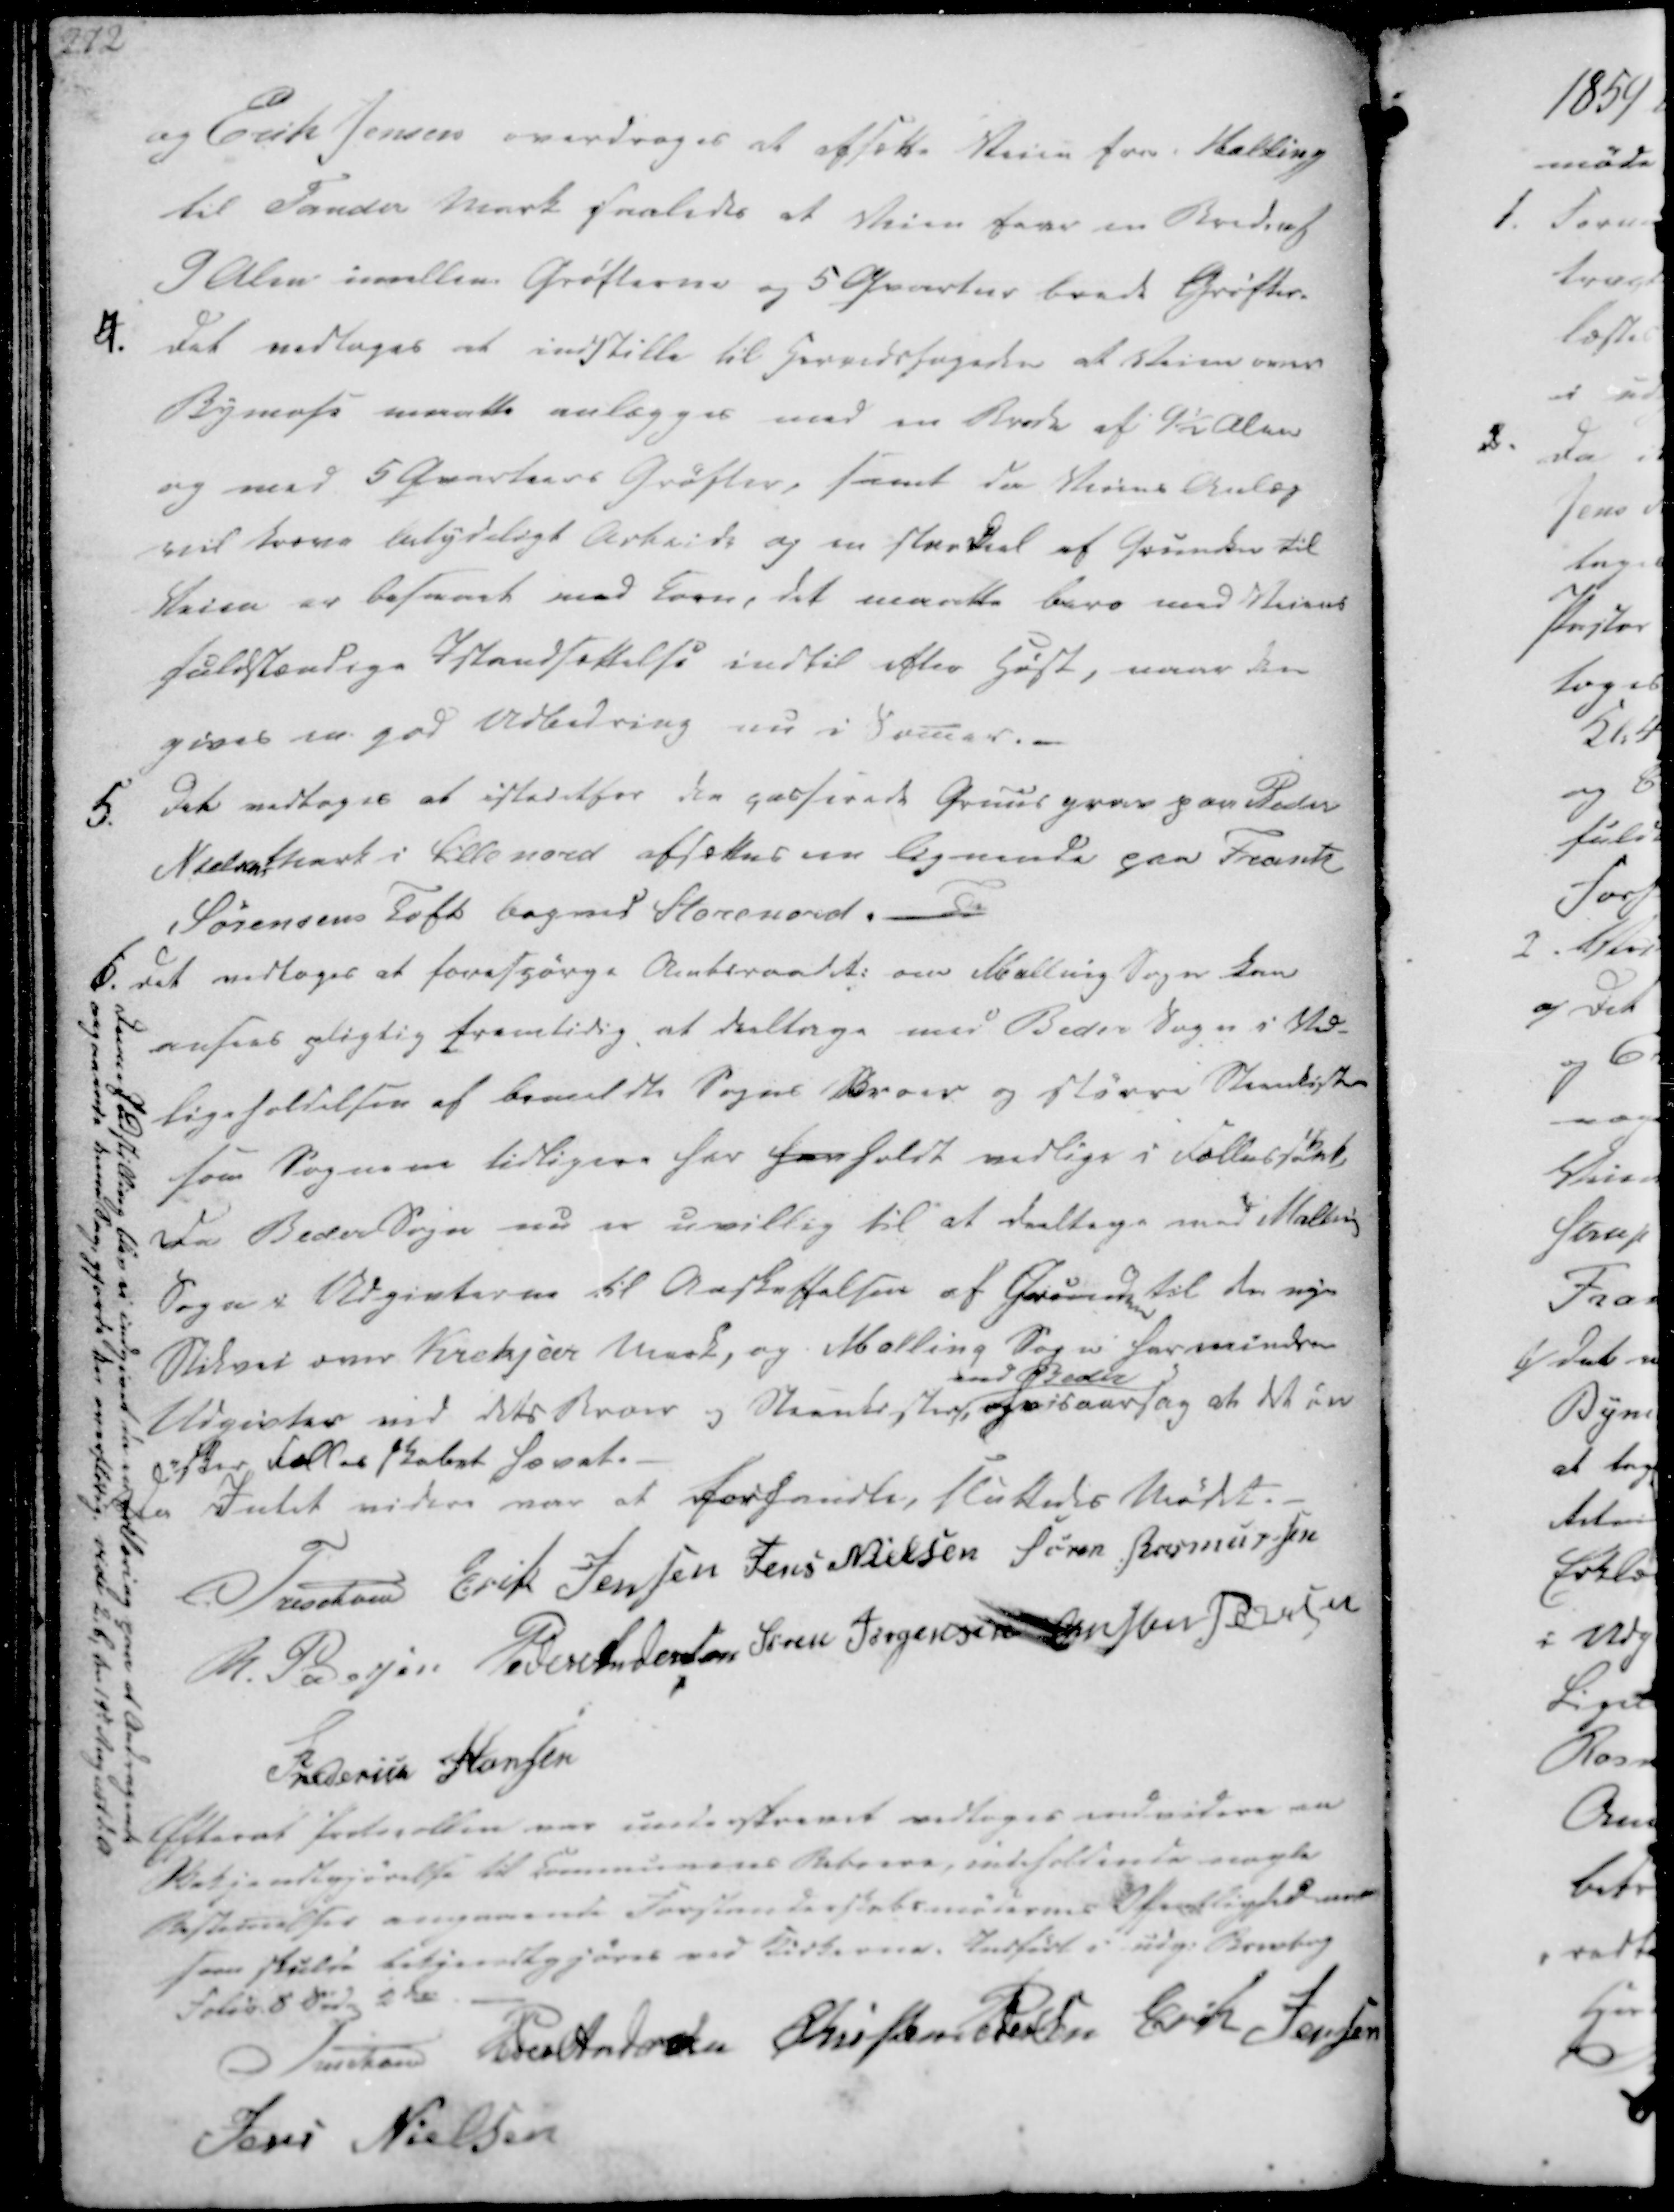
Transskription:
og Erik Jensen overdrages at afsætte Veien fra Malling
til Tander Mark saaledes at Stien faae en Breding
9 Alen imellem Grøfterne og 5 Qvarter brede Grøfter.

4. Det vedtoges at indstille til Herredsfogeden at Veien over
Bymose maatte anlægges med en Brede af 9½ Alen
og med 5 Qvarteers Grøfter, samt da Veiens Anlæg
vil kreve betydeligt Arbeide og en stor Deel af Grunden til
Veien er besvaret med Korn, det maatte bero med Veiens
fuldstændige Istandsættelse indtil efter Høst, naar den
gives en god Udledning nu i Somer.
5.
Det vedtoges at istedetfor den passerede Gruusgrav paa Peder
Nielsens Marl i Lille nord afsættes en lignende paa Frank
Sørensens Toft bagved Storenord.-

6.

Det vedtoges at forespørge Amtsraadet: om Malling Sogn kan
ansees pligtig fremtidig, at deeltage med Beder Sogn i Ved-
ligeholdelsen af bemeldte Sogns Broer og større Steenkister
som Sognene tidligere har hen holdt vedlige i Fællesskab,
Da Beder Sogn nu er uvillig til at deeltage med Malling
Sogns Udgivterne til Anskaffelsen af Grunden til den nye
Stikvei over Krekjær Mark, og Malling Sogn formindre
Udgivter ved dets Broer og Steenkister
end Beder
Hvisaarsag at det øn
sker fællesskabet hævet.

Denne I Indstilling blev ei indgivet, da en Erklæring paa et Andragende
angaaende denne Sag, gjorde den overflødig. vide 2, b, den 19de August d.A

Da Intet videre var at forhandle, sluttedes Mødet.
Treschov
Erik Jensen
Jens Nielsen
Søren Rasmussen
R. Pedersen
Peder Andersen
Søren Jørgensen
Christen Pedersen
Frederich Hansen

Efterat Protocollen var underskrevet vedtoges indvidere en
Bekjendtgjørelse til Communens Beboere, indeholdende nogle
Bestemelser angaaende Forstanderskabsmødernes Offentlighed maa
som skulde bekjendtgjøres ved Kirkerne. Indført i udg. Brevbog
Folio 8 Side 2 de

Treschov
Peder Andersen
Christen Pedersen
Erik Jensen
Jens Nielsen